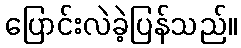
ပြောင်းလဲခဲ့ပြန်သည်။